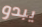
يبدو